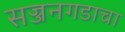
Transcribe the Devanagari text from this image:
सज्जनगडाचा